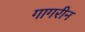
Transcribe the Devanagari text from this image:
गागरीन